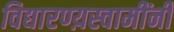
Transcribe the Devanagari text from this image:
विद्यारण्य़स्वामींनी